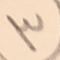
٣  لك